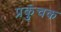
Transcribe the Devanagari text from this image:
प्रकुंचक